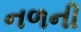
નળની